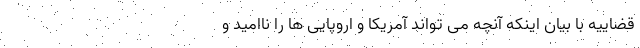
قضاییه با بیان اینکه آنچه می تواند آمریکا و اروپایی ها را ناامید و